Cholera in southern India
Disease focus: Cholera
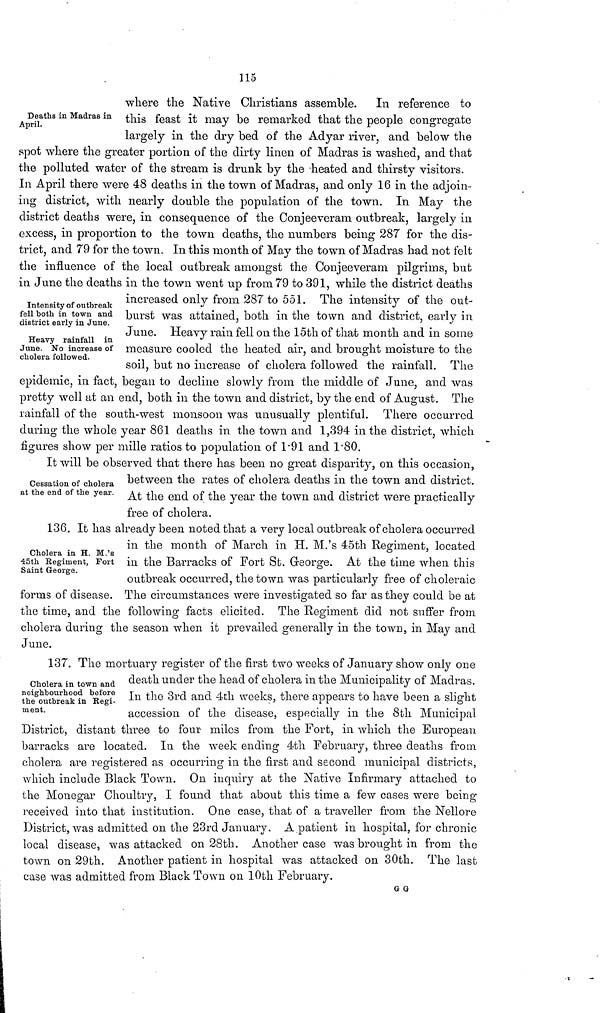
115
Deaths in Madras in
April.
where the Native Christians assemble. In reference to
this feast it may be remarked that the people congregate
largely in the dry bed of the Adyar river, and below the
spot where the greater portion of the dirty linen of Madras is washed, and that
the polluted water of the stream is drunk by the heated and thirsty visitors.
In April there were 48 deaths in the town of Madras, and only 16 in the adjoin-
ing district, with nearly double the population of the town. In May the
district deaths were, in consequence of the Conjeeveram outbreak, largely in
excess, in proportion to the town deaths, the numbers being 287 for the dis-
trict, and 79 for the town. In this month of May the town of Madras had not felt
the influence of the local outbreak amongst the Conjeeveram pilgrims, but
in June the deaths in the town went up from 79 to 391, while the district deaths
Intensity of outbreak
fell both in town and
district early in June.
Heavy rainfall in
June. No increase of
cholera followed.
increased only from 287 to 551. The intensity of the out-
burst was attained, both in the town and district, early in
June. Heavy rain fell on the 15th of that month and in some
measure cooled the heated air, and brought moisture to the
soil, but no increase of cholera followed the rainfall. The
epidemic, in fact, began to decline slowly from the middle of June, and was
pretty well at an end, both in the town and district, by the end of August. The
rainfall of the south-west monsoon was unusually plentiful. There occurred
during the whole year 861 deaths in the town and 1,394 in the district, which
figures show per mille ratios to population of 1·91 and 1·80.
Cessation of cholera
at the end of the year.
It will be observed that there has been no great disparity, on this occasion,
between the rates of cholera deaths in the town and district.
At the end of the year the town and district were practically
free of cholera.
Cholera in H. M.'s
45th Regiment, Fort
Saint George.
136. It has already been noted that a very local outbreak of cholera occurred
in the month of March in H. M.'s 45th Regiment, located
in the Barracks of Fort St. George. At the time when this
outbreak occurred, the town was particularly free of choleraic
forms of disease. The circumstances were investigated so far as they could be at
the time, and the following facts elicited. The Regiment did not suffer from
cholera during the season when it prevailed generally in the town, in May and
June.
Cholera in town and
neighbourhood before
the outbreak in Regi-
ment.
137. The mortuary register of the first two weeks of January show only one
death under the head of cholera in the Municipality of Madras.
In the 3rd and 4th weeks, there appears to have been a slight
accession of the disease, especially in the 8th Municipal
District, distant three to four miles from the Fort, in which the European
barracks are located. In the week ending 4th February, three deaths from
cholera are registered as occurring in the first and second municipal districts,
which include Black Town. On inquiry at the Native Infirmary attached to
the Monegar Choultry, I found that about this time a few cases were being
received into that institution. One case, that of a traveller from the Nellore
District, was admitted on the 23rd January. A patient in hospital, for chronic
local disease, was attacked on 28th. Another case was brought in from the
town on 29th. Another patient in hospital was attacked on 30th. The last
case was admitted from Black Town on 10th February.
G G